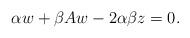
LaTeX: \begin{align*} \alpha w+\beta Aw -2\alpha\beta z = 0. \end{align*}